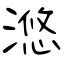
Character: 滺